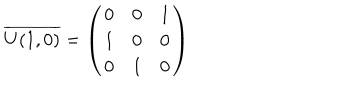
\overline { { { U ( 1 , 0 ) } } } = \left( \begin{array} { c c c } { { 0 } } & { { 0 } } & { { 1 } } \\ { { 1 } } & { { 0 } } & { { 0 } } \\ { { 0 } } & { { 1 } } & { { 0 } } \\ \end{array} \right)